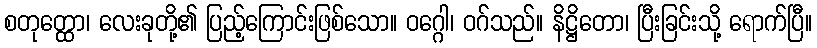
စတုတ္ထော၊ လေးခုတို့၏ ပြည့်ကြောင်းဖြစ်သော။ ဝဂ္ဂေါ၊ ဝဂ်သည်။ နိဋ္ဌိတော၊ ပြီးခြင်းသို့ ရောက်ပြီ။